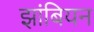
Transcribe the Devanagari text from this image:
झांबियन